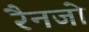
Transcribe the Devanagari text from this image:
रैनजो